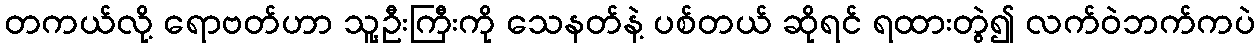
တကယ်လို့ ရောဗတ်ဟာ သူ့ဦးကြီးကို သေနတ်နဲ့ ပစ်တယ် ဆိုရင် ရထားတွဲ၍ လက်ဝဲဘက်ကပဲ